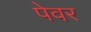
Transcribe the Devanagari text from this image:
पेवर